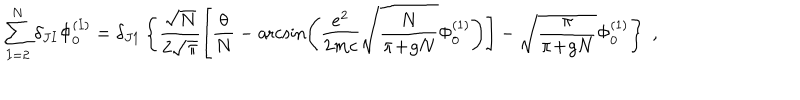
LaTeX: \sum _ { I = 2 } ^ { N } \delta _ { J I } \Phi _ { 0 } ^ { ( I ) } = \delta _ { J 1 } \left\{ \frac { \sqrt { N } } { 2 \sqrt { \pi } } \left[ \frac { \theta } { N } - \operatorname { a r c s i n } \left( \frac { e ^ { 2 } } { 2 m c } \sqrt { \frac { N } { \pi \! + \! g N } } \Phi _ { 0 } ^ { ( 1 ) } \right) \right] - \sqrt { \frac { \pi } { \pi \! + \! g N } } \Phi _ { 0 } ^ { ( 1 ) } \right\} \; ,